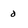
Character: 0